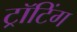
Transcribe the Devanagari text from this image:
ट्रॉटिंग